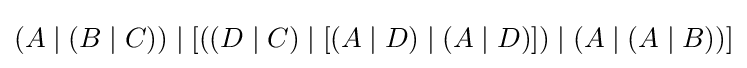
(A\mid (B\mid C))\mid [((D\mid C)\mid [(A\mid D)\mid (A\mid D)])\mid (A\mid (A\mid B))]